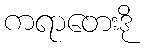
ကရာတေးဒို